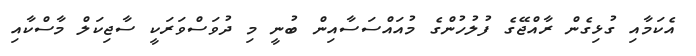
އެކަމާއި ގުޅިގެން ރާއްޖޭގެ ފުލުހުންގެ މުއައްސަސާއިން ބުނީ މި ދުވަސްވަރަކީ ސާޖިކަލް މާސްކާއި